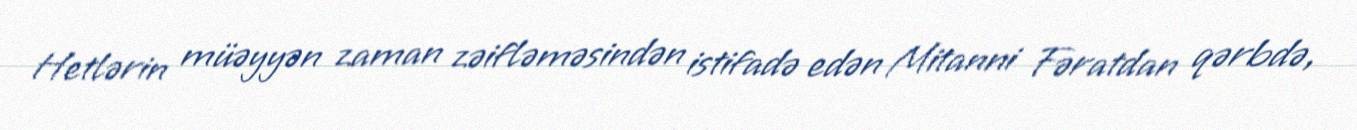
Hetlərin müəyyən zaman zəifləməsindən istifadə edən Mitanni Fəratdan qərbdə,